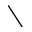
\setminus